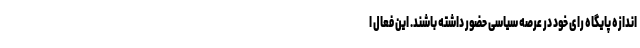
اندازه پایگاه رای‌ خود در عرصه سیاسی حضور داشته باشند. این فعال ا